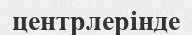
центрлерінде